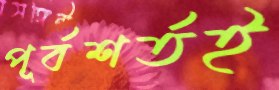
পূর্বশর্তই